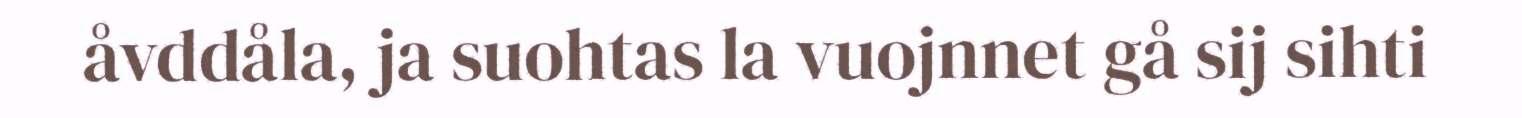
åvddåla, ja suohtas la vuojnnet gå sij sihti